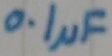
Text: 0.1µF